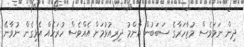
ދިން ނަމަވެސް މުޒާހަރާގެ ސަބަބުން އާންމު ދިރިއުޅުމަށް އެއްވެސް ހުރަހެއް އެޅިގެން ނުވާނޭ